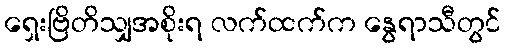
ရှေးဗြိတိသျှအစိုးရ လက်ထက်က နွေရာသီတွင်